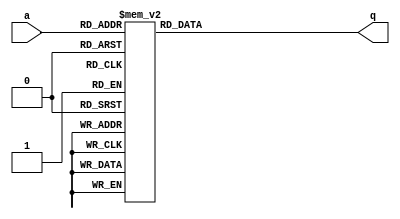
module top_module (
    input [2:0] a,
    output reg [15:0] q ); 
    always @(*)
        begin
            case (a)
                3'b000:
                    q = 16'h1232;
                3'b001:
                    q = 16'haee0;
                3'b010:
                    q = 16'h27d4;
                3'b011:
                    q = 16'h5a0e;
                3'b100:
                    q = 16'h2066;
                3'b101:
                    q = 16'h64ce;
                3'b110:
                    q = 16'hc526;
                3'b111:
                    q = 16'h2f19;
            endcase
        end             
endmodule